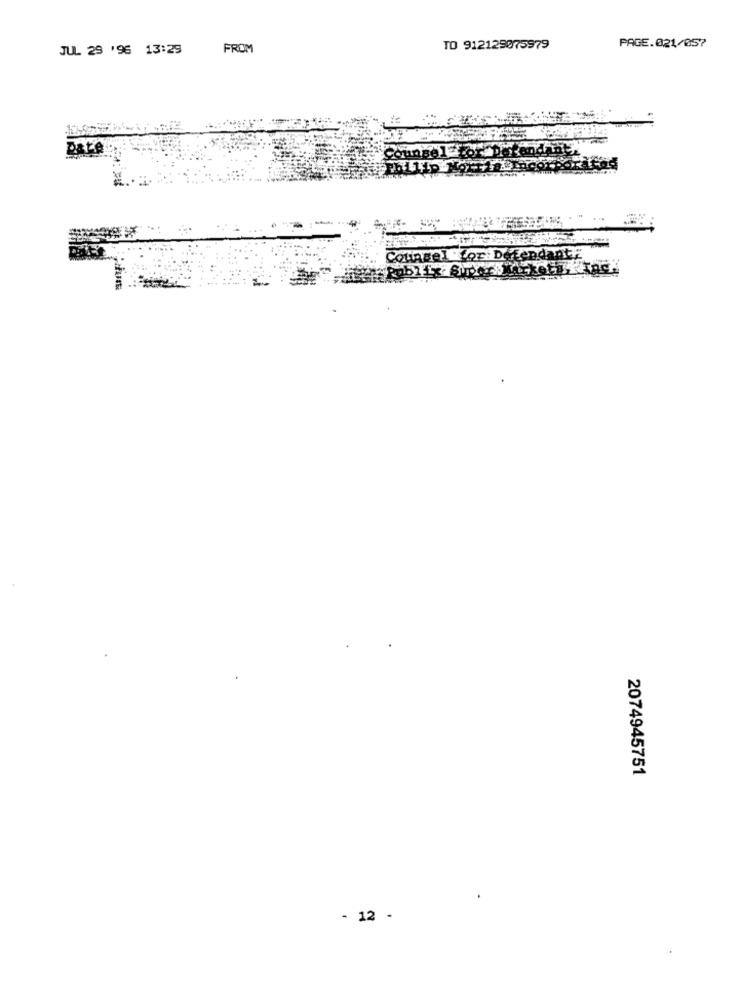
PAGE.021/057
JUL 29 '96 13:29
FROM
TO 912125075979
Counsel Lor: Defendant :
2074945751
- 12 -